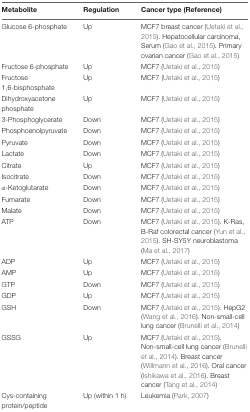
<table><thead><tr><td><b>Metabolite</b></td><td><b>Regulation</b></td><td><b>Cancer type (Reference)</b></td></tr></thead><tbody><tr><td>Glucose 6-phosphate</td><td>Up</td><td>MCF7 breast cancer (Uetaki et al., 2015). Hepatocellular carcinoma, Serum (Gao et al., 2015). Primary ovarian cancer (Gao et al., 2015)</td></tr><tr><td>Fructose 6-phosphate</td><td>Up</td><td>MCF7 (Uetaki et al., 2015)</td></tr><tr><td>Fructose 1,6-bisphosphate</td><td>Up</td><td>MCF7 (Uetaki et al., 2015)</td></tr><tr><td>Dihydroxyacetone phosphate</td><td>Up</td><td>MCF7 (Uetaki et al., 2015)</td></tr><tr><td>3-Phosphoglycerate</td><td>Down</td><td>MCF7 (Uetaki et al., 2015)</td></tr><tr><td>Phosphoenolpyruvate</td><td>Down</td><td>MCF7 (Uetaki et al., 2015)</td></tr><tr><td>Pyruvate</td><td>Down</td><td>MCF7 (Uetaki et al., 2015)</td></tr><tr><td>Lactate</td><td>Down</td><td>MCF7 (Uetaki et al., 2015)</td></tr><tr><td>Citrate</td><td>Up</td><td>MCF7 (Uetaki et al., 2015)</td></tr><tr><td>Isocitrate</td><td>Down</td><td>MCF7 (Uetaki et al., 2015)</td></tr><tr><td>α-Ketoglutarate</td><td>Down</td><td>MCF7 (Uetaki et al., 2015)</td></tr><tr><td>Fumarate</td><td>Down</td><td>MCF7 (Uetaki et al., 2015)</td></tr><tr><td>Malate</td><td>Down</td><td>MCF7 (Uetaki et al., 2015)</td></tr><tr><td>ATP</td><td>Down</td><td>MCF7 (Uetaki et al., 2015). K-Ras, B-Raf colorectal cancer (Yun et al., 2015). SH-SY5Y neuroblastoma (Ma et al., 2017)</td></tr><tr><td>ADP</td><td>Up</td><td>MCF7 (Uetaki et al., 2015)</td></tr><tr><td>AMP</td><td>Up</td><td>MCF7 (Uetaki et al., 2015)</td></tr><tr><td>GTP</td><td>Down</td><td>MCF7 (Uetaki et al., 2015)</td></tr><tr><td>GDP</td><td>Up</td><td>MCF7 (Uetaki et al., 2015)</td></tr><tr><td>GSH</td><td>Down</td><td>MCF7 (Uetaki et al., 2015). HepG2 (Wang et al., 2016). Non-small-cell lung cancer (Brunelli et al., 2014)</td></tr><tr><td>GSSG</td><td>Up</td><td>MCF7 (Uetaki et al., 2015). Non-small-cell lung cancer (Brunelli et al., 2014). Breast cancer (Willmann et al., 2016). Oral cancer (Ishikawa et al., 2016). Breast cancer (Tang et al., 2014)</td></tr><tr><td>Cys-containing protein/peptide</td><td>Up (within 1 h)</td><td>Leukemia (Park, 2007)</td></tr></tbody></table>